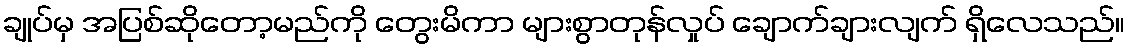
ချုပ်မှ အပြစ်ဆိုတော့မည်ကို တွေးမိကာ များစွာတုန်လှုပ် ချောက်ချားလျက် ရှိလေသည်။